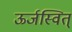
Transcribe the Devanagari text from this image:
ऊर्जस्वित्